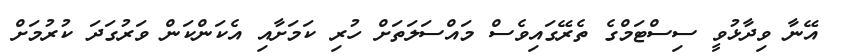
އޭނާ ވިދާޅުވީ ސިސްޓަމްގެ ތެރޭގައިވެސް މައްސަލަތަށް ހުރި ކަމަށާއި އެކަންކަން ވަރުގަދަ ކުރުމަށް